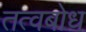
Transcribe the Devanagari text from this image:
तत्वबोध